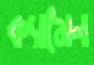
ক্যামেল